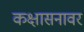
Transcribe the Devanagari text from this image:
कक्षासनावर